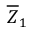
{ \overline { { Z } } } _ { 1 }